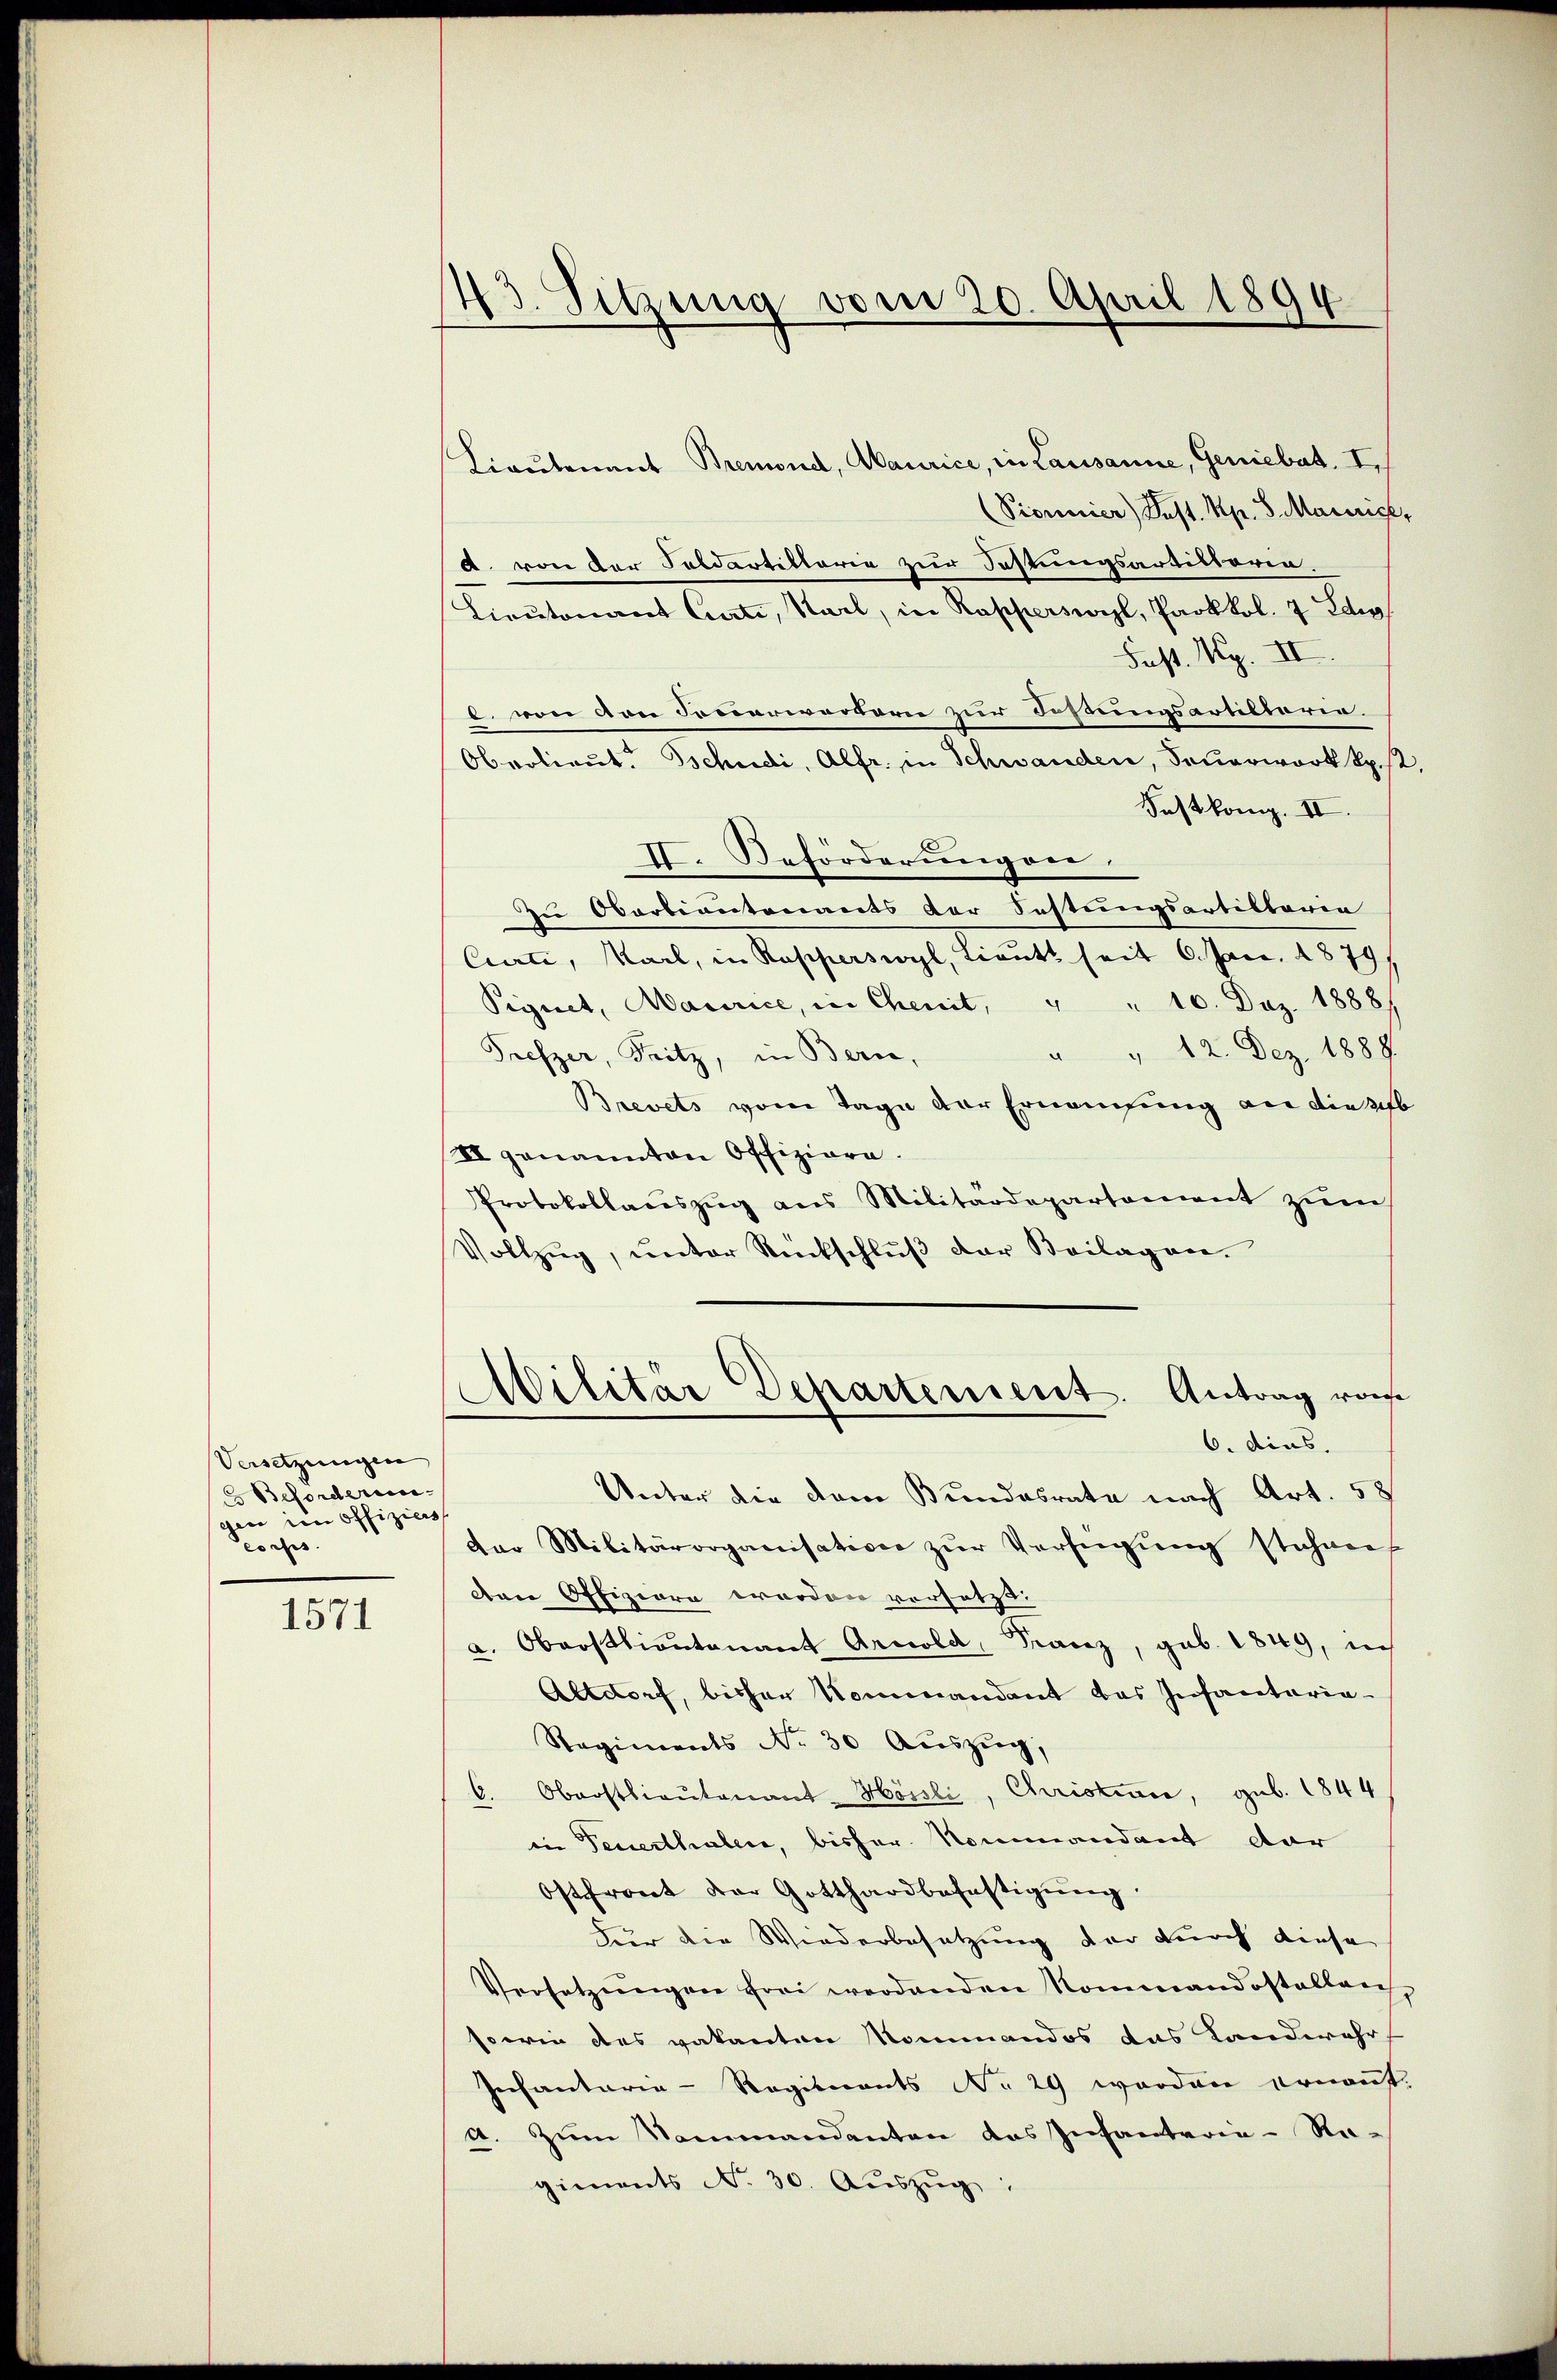
Versetzungen
E Beforderen
gin im offiziers
cos

1571

43. Sitzung vom 20. April 1894

Lieutenant Bremond, Maurice, in Lausanne, Geniebat. I.
(Pionier) Fest. Rp. 8. Maierige,
d. von der Feldartillarie zur Festungsartitoria.
Lieutnant Curti, Karl, in Rapperswyl, Paokkol. 7 Edi
Fest. Rg. II.
I. von von Feuerwertern zur Festungsartitiarie.
Oberlieut. Tschudi, Alfr. in Schwanden, Feuerwort Spist
Festkamp. II.
II. Beförderungen.
Zu Oberbiantenants der Festungsartiltoren
Curti, Karl, in Kapperswyl, Lieutt seit 6. Jan. 1879
Pignet, Maurice, in Chenit, " " 10. Dez. 1888)
" " 12. Dez. 1889.
Prefzer, Fritz, in Bern,
Brevets vom Tage der Ernennung an die b
II genannten Offiziare.
Protokollauszug aus Militärdepartement zŭm
Vollzŭg, ŭnter Rückschlŭβ der Beilagen.
Militär Departement. Antrag von
6. dies.
Unter die dem Bundesrate nach Art. 58
der Militärorganisativer zŭr Verfügŭng stehen
den Offiziere worden versetzt:
a. Oberstlieutenant Arnold, Franz, geb. 1849, in
Altdorf, bisher Kommandant das Infantaria¬
Regiments No 30 Auszug,
C. Oberstlieutenant-Hössli, Christian, geb. 1844
in Feuerthaben, bisher Nommandant dar
Ostfront der Gotthardbefestigŭng.
Für die Wiederbesetzung der durch diese
Versetzŭngen frei werdenden Nommandostellen
soerin des vakanton Kommandos das Landwehr
Iechantaria-Regienants No 29 worden ernannt.
a. Zum Sommandanten das Infantaria-Ra-
giments No 30. Aŭszŭg